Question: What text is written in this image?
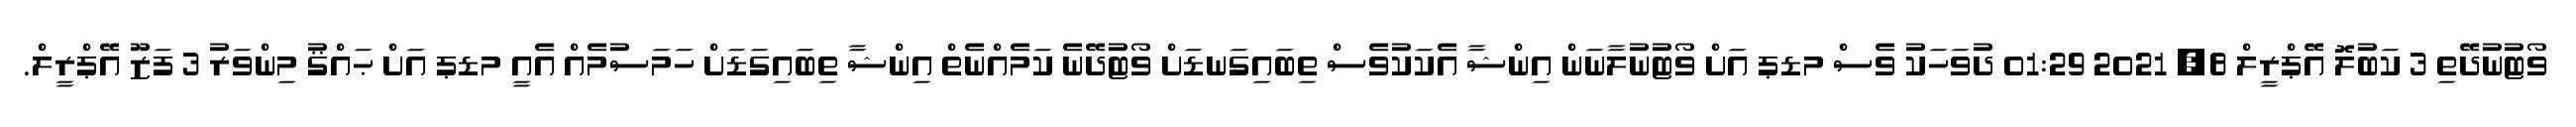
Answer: ވޯޓުނުދޭތި 3 ކަބުލޮ އޭޕްރީލް 8, 2021 01:29 ދުވަހަކު ވެސް މޑޕ އަށް ވޯޓުނުލާނަން އިންޝާ އެކަކުވެސް ތިބައިގަނޑަށް ވޯޓުދޭނެ ކަމެއްނެތް އިންޝާ ތިބައިގަޑަށް ހަމަސުމެއް އެއީ މޑޕ އަށް ޙައްޤު މިންވަރު 3 ފަޒޫ އޭޕްރީލް.